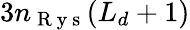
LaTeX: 3n_{\mathrm{~R~y~s~}}(L_{d}+1)